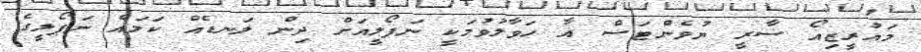
މައުރީޒިއޯ ސާރީ ޔުވެންޓަސް އާ ހަވާލުވުމަކީ ނަޕޯލީއަށް ދިން ލަނޑެއް ކަމައް ނަޕޯލީގެ